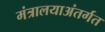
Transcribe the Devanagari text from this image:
मंत्रालयाअंतर्गत